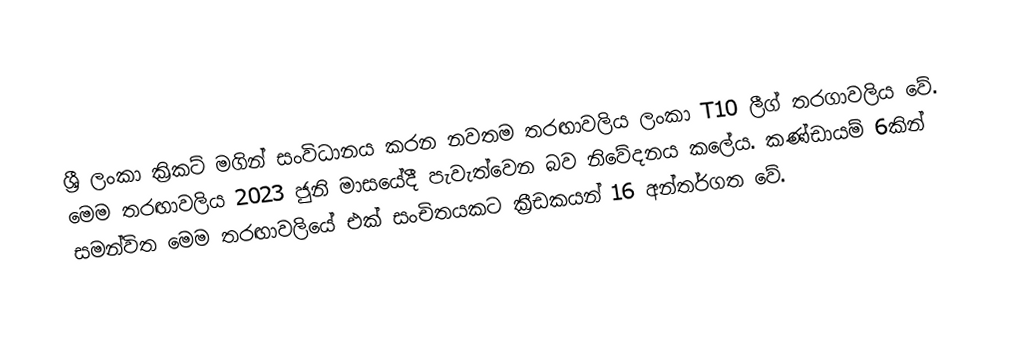
ශ්‍රී ලංකා ක්‍රිකට් මගින් සංවිධානය කරන නවතම තරඟාවලිය ලංකා T10 ලීග් තරගාවලිය වේ. මෙම තරඟාවලිය 2023 ජුනි මාසයේදී පැවැත්වෙන බව නිවේදනය කලේය. කණ්ඩායම් 6කින් සමන්විත මෙම තරඟාවලියේ එක් සංචිතයක⁣ට ක්‍රීඩකයන් 16 අන්තර්ගත වේ.